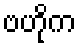
ဗဟိုက